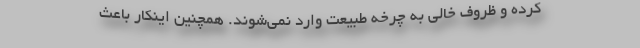
کرده و ظروف خالی به چرخه طبیعت وارد نمی‌شوند. همچنین اینکار باعث